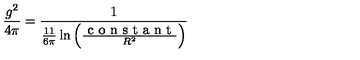
\frac { g ^ { 2 } } { 4 \pi } = \frac { 1 } { \frac { 1 1 } { 6 \pi } \ln \left( \frac { \textrm { c o n s t a n t } } { R ^ { 2 } } \right) }